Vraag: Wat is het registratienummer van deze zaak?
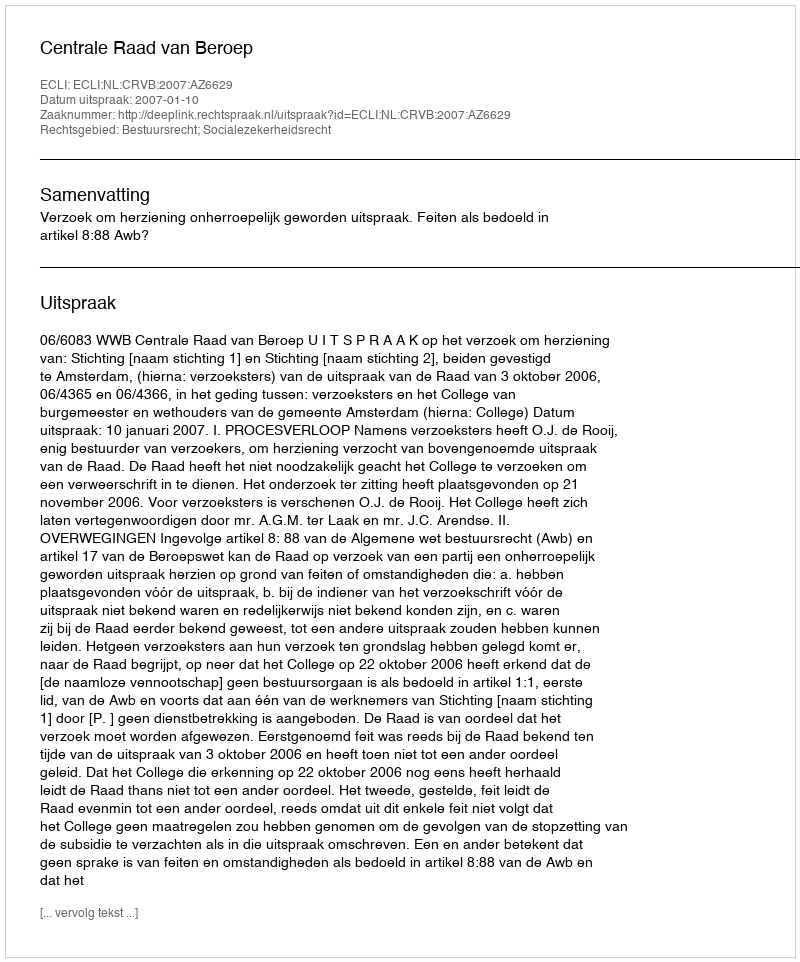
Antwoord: http://deeplink.rechtspraak.nl/uitspraak?id=ECLI:NL:CRVB:2007:AZ6629